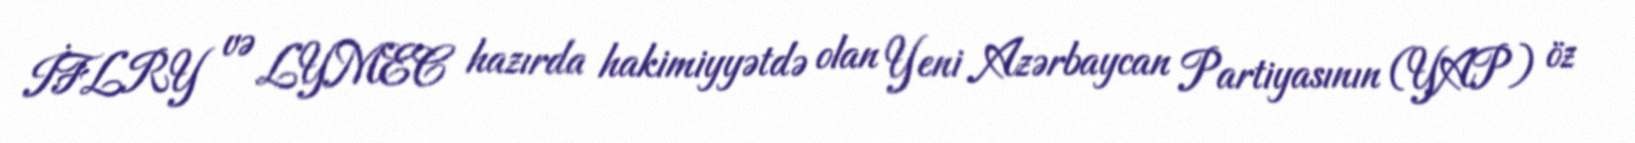
İFLRY və LYMEC hazırda hakimiyyətdə olan Yeni Azərbaycan Partiyasının (YAP) öz